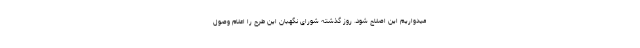
میدواریم این اصلاح شود. روز گذشته شورای نگهبان این طرح را اعلام وصول